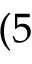
( 5